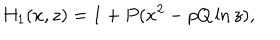
H _ { 1 } ( x , z ) = 1 + P ( x ^ { 2 } - p Q \ln z ) ,